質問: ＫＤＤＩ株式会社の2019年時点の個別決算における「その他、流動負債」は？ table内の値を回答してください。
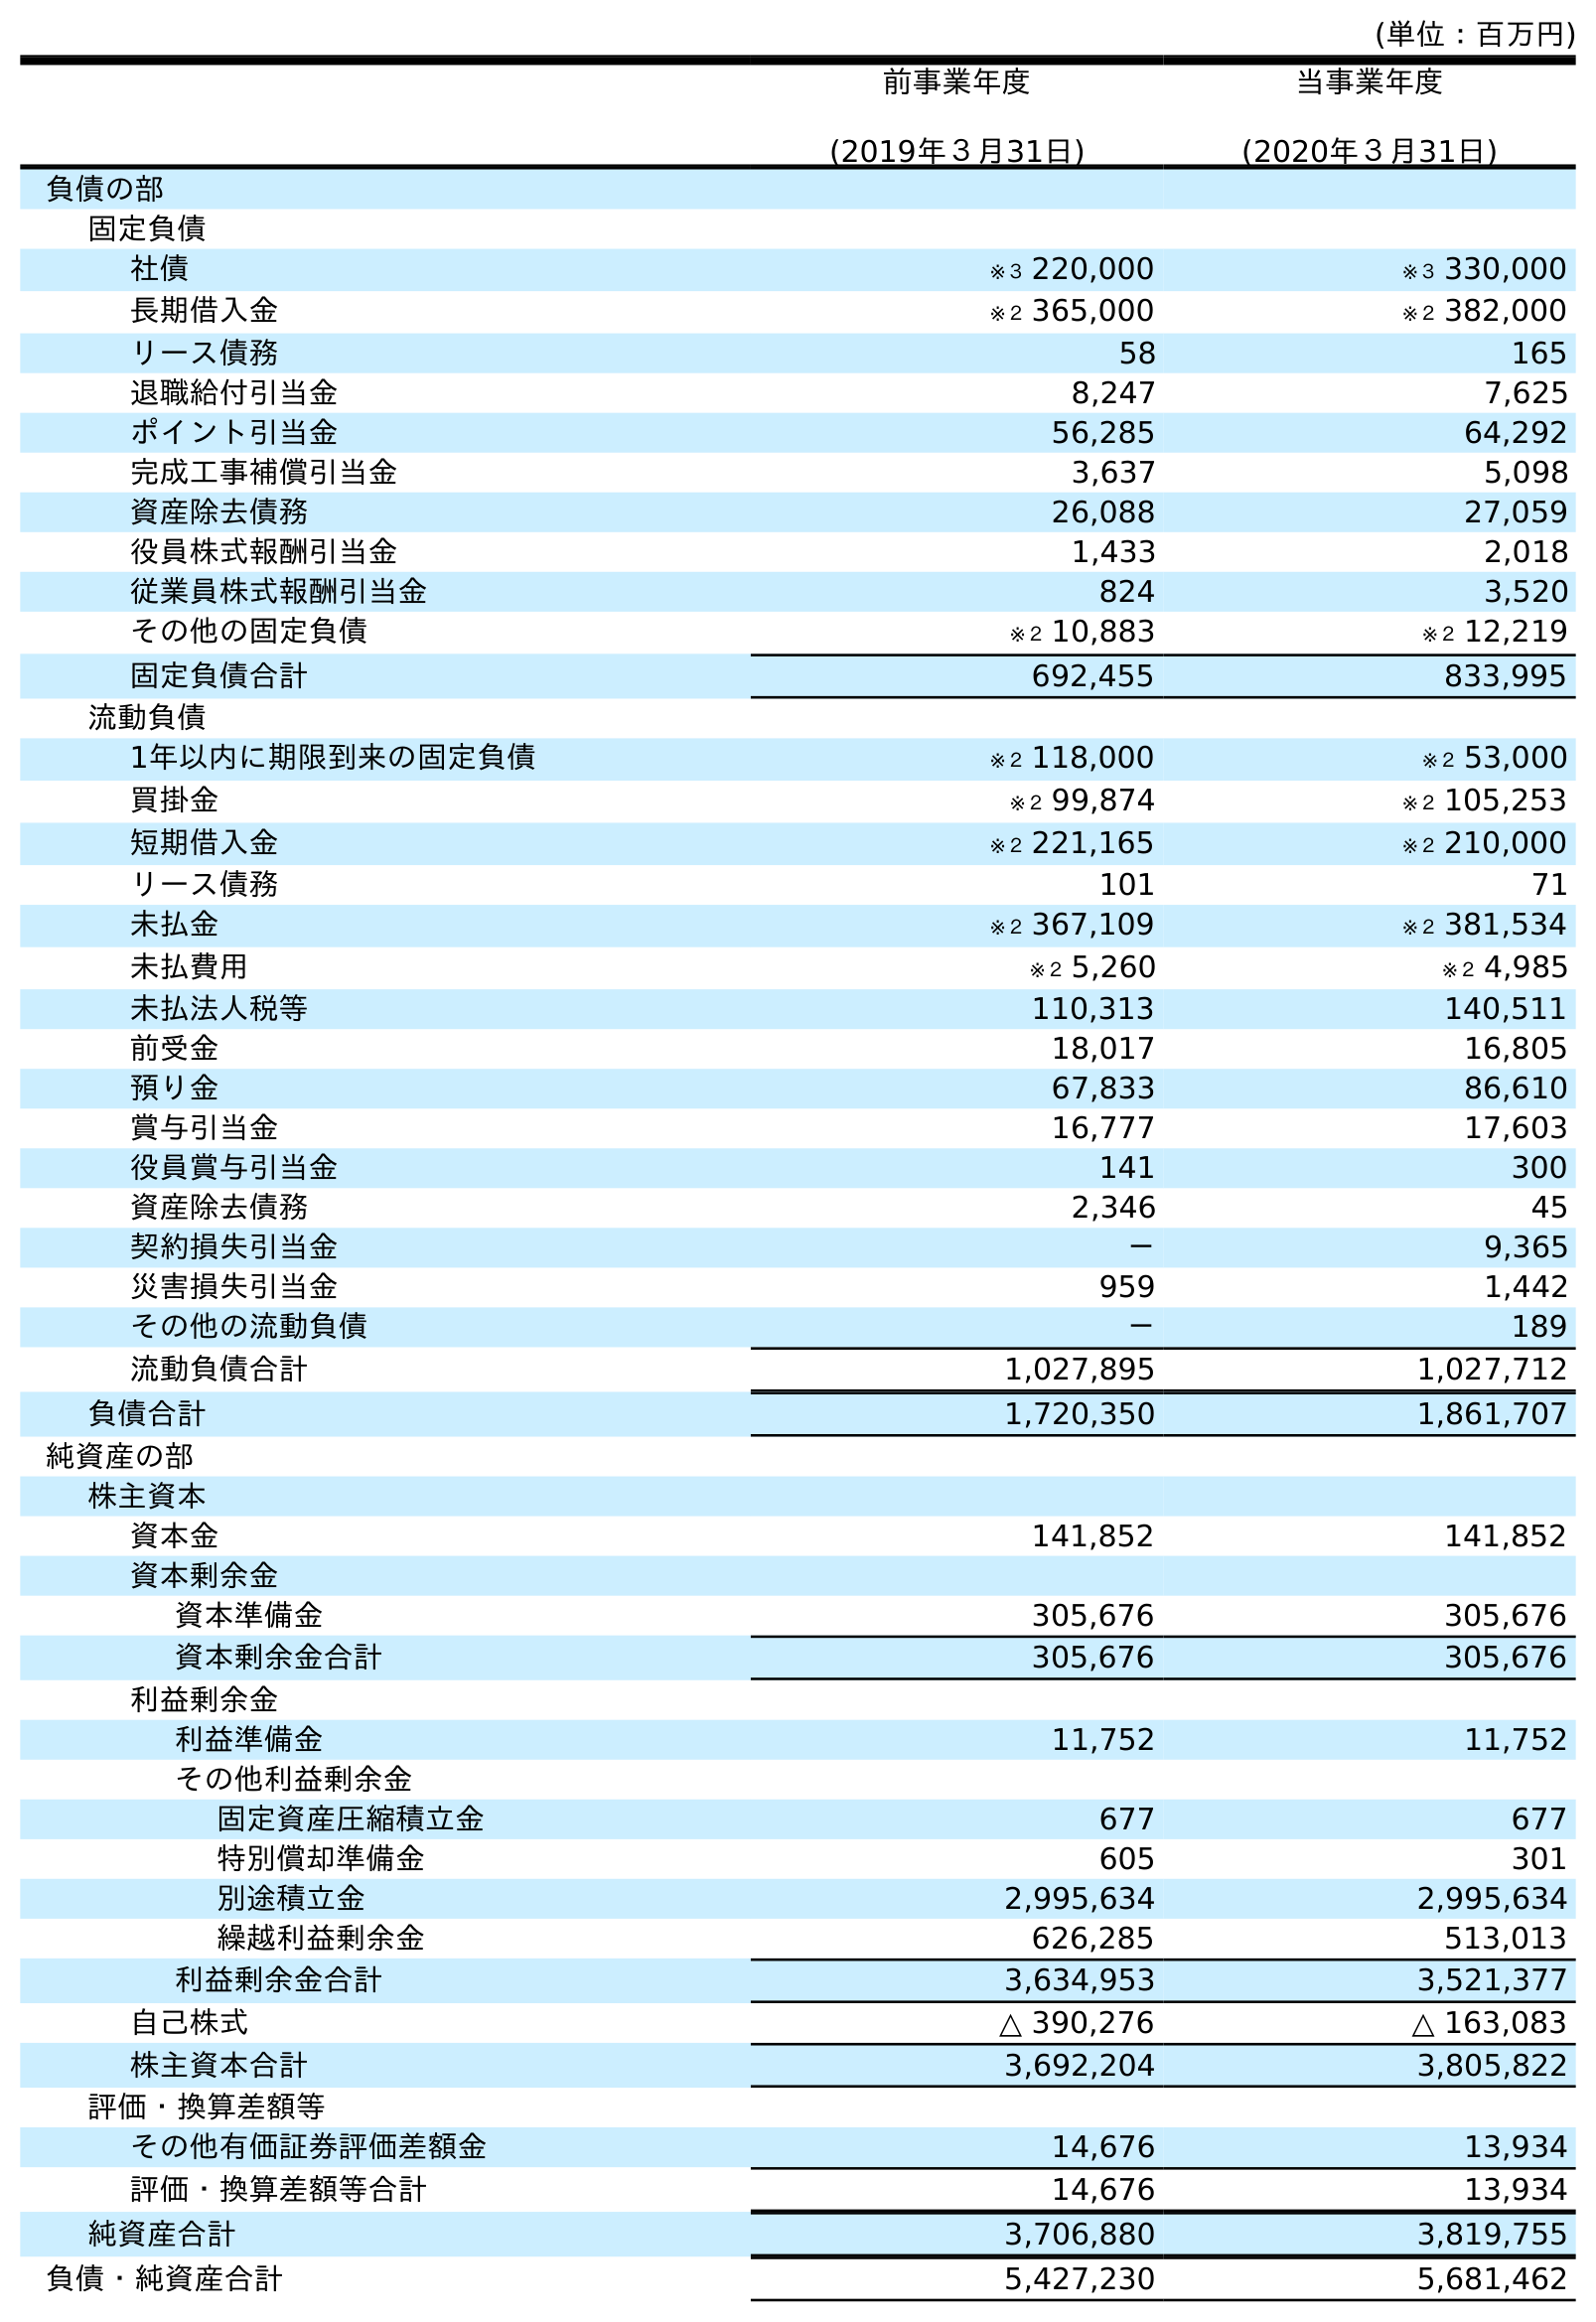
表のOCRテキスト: (単位：百万円) 前事業年度 (2019年３月31日) 当事業年度 (2020年３月31日) 負債の部 固定負債 社債 ※３ 220,000 ※３ 330,000 長期借入金 ※２ 365,000 ※２ 382,000 リース債務 58 165 退職給付引当金 8,247 7,625 ポイント引当金 56,285 64,292 完成工事補償引当金 3,637 5,098 資産除去債務 26,088 27,059 役員株式報酬引当金 1,433 2,018 従業員株式報酬引当金 824 3,520 その他の固定負債 ※２ 10,883 ※２ 12,219 固定負債合計 692,455 833,995 流動負債 1年以内に期限到来の固定負債 ※２ 118,000 ※２ 53,000 買掛金 ※２ 99,874 ※２ 105,253 短期借入金 ※２ 221,165 ※２ 210,000 リース債務 101 71 未払金 ※２ 367,109 ※２ 381,534 未払費用 ※２ 5,260 ※２ 4,985 未払法人税等 110,313 140,511 前受金 18,017 16,805 預り金 67,833 86,610 賞与引当金 16,777 17,603 役員賞与引当金 141 300 資産除去債務 2,346 45 契約損失引当金 － 9,365 災害損失引当金 959 1,442 その他の流動負債 － 189 流動負債合計 1,027,895 1,027,712 負債合計 1,720,350 1,861,707 純資産の部 株主資本 資本金 141,852 141,852 資本剰余金 資本準備金 305,676 305,676 資本剰余金合計 305,676 305,676 利益剰余金 利益準備金 11,752 11,752 その他利益剰余金 固定資産圧縮積立金 677 677 特別償却準備金 605 301 別途積立金 2,995,634 2,995,634 繰越利益剰余金 626,285 513,013 利益剰余金合計 3,634,953 3,521,377 自己株式 △ 390,276 △ 163,083 株主資本合計 3,692,204 3,805,822 評価・換算差額等 その他有価証券評価差額金 14,676 13,934 評価・換算差額等合計 14,676 13,934 純資産合計 3,706,880 3,819,755 負債・純資産合計 5,427,230 5,681,462
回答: －